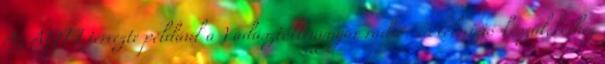
Az ÁGTI tervezte például a Vadásztölténygyár rádió- és televízió-készülékeihez